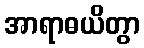
အာရာဓယိတွာ